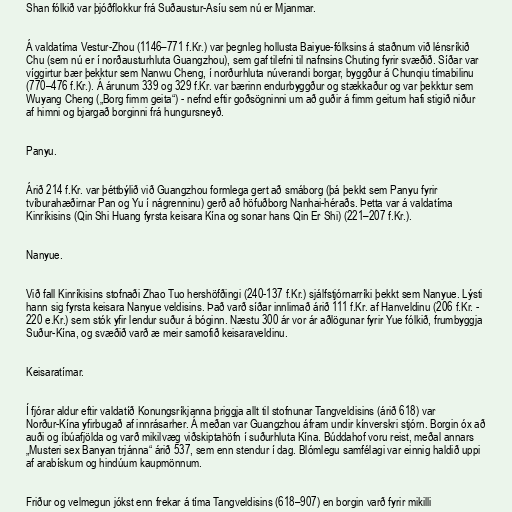
Shan fólkið var þjóðflokkur frá Suðaustur-Asíu sem nú er Mjanmar.

Á valdatíma Vestur-Zhou (1146–771 f.Kr.) var þegnleg hollusta Baiyue-fólksins á staðnum við lénsríkið
Chu (sem nú er í norðausturhluta Guangzhou), sem gaf tilefni til nafnsins Chuting fyrir svæðið. Síðar var
víggirtur bær þekktur sem Nanwu Cheng, í norðurhluta núverandi borgar, byggður á Chunqiu tímabilinu
(770–476 f.Kr.). Á árunum 339 og 329 f.Kr. var bærinn endurbyggður og stækkaður og var þekktur sem
Wuyang Cheng („Borg fimm geita“) - nefnd eftir goðsögninni um að guðir á fimm geitum hafi stigið niður
af himni og bjargað borginni frá hungursneyð.

Panyu.

Árið 214 f.Kr. var þéttbýlið við Guangzhou formlega gert að smáborg (þá þekkt sem Panyu fyrir
tvíburahæðirnar Pan og Yu í nágrenninu) gerð að höfuðborg Nanhai-héraðs. Þetta var á valdatíma
Kinríkisins (Qin Shi Huang fyrsta keisara Kína og sonar hans Qin Er Shi) (221–207 f.Kr.).

Nanyue.

Við fall Kinríkisins stofnaði Zhao Tuo hershöfðingi (240-137 f.Kr.) sjálfstjórnarríki þekkt sem Nanyue. Lýsti
hann sig fyrsta keisara Nanyue veldisins. Það varð síðar innlimað árið 111 f.Kr. af Hanveldinu (206 f.Kr. -
220 e.Kr.) sem stók yfir lendur suður á bóginn. Næstu 300 ár vor ár aðlögunar fyrir Yue fólkið, frumbyggja
Suður-Kína, og svæðið varð æ meir samofið keisaraveldinu.

Keisaratímar.

Í fjórar aldur eftir valdatíð Konungsríkjanna þriggja allt til stofnunar Tangveldisins (árið 618) var
Norður-Kína yfirbugað af innrásarher. Á meðan var Guangzhou áfram undir kínverskri stjórn. Borgin óx að
auði og íbúafjölda og varð mikilvæg viðskiptahöfn í suðurhluta Kína. Búddahof voru reist, meðal annars
„Musteri sex Banyan trjánna“ árið 537, sem enn stendur í dag. Blómlegu samfélagi var einnig haldið uppi
af arabískum og hindúum kaupmönnum.

Friður og velmegun jókst enn frekar á tíma Tangveldisins (618–907) en borgin varð fyrir mikilli